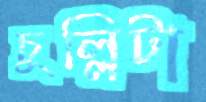
চুল্লিটা